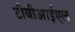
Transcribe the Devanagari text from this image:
टीबीआईएल